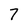
Character: 7